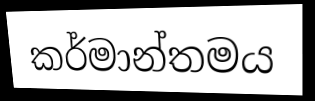
කර්මාන්තමය